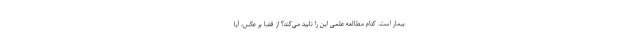
بیمار است. کدام مطالعهٔ علمی این را تایید می‌کند؟ از قضا بر عکس، آیا